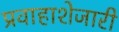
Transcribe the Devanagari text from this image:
प्रवाहाशेजारी